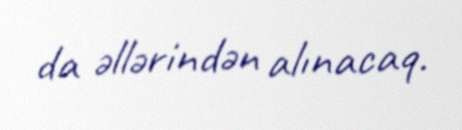
da əllərindən alınacaq.